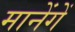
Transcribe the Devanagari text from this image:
मानेंगें